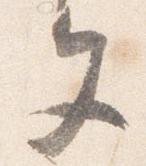
文